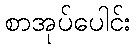
စာအုပ်ပေါင်း